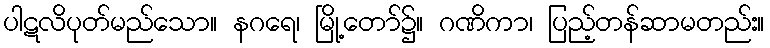
ပါဋလိပုတ်မည်သော။ နဂရေ၊ မြို့တော်၌။ ဂဏိကာ၊ ပြည့်တန်ဆာမတည်း။